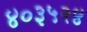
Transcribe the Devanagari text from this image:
४०३५२४